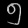
Digit: ၅